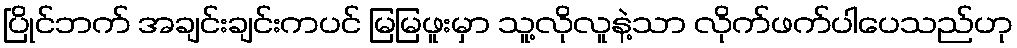
ပြိုင်ဘက် အချင်းချင်းကပင် မြမြဖူးမှာ သူ့လိုလူနဲ့သာ လိုက်ဖက်ပါပေသည်ဟု